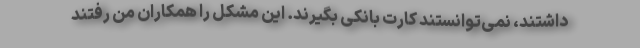
داشتند، نمی‌توانستند کارت بانکی بگیرند. این مشکل را همکاران من رفتند